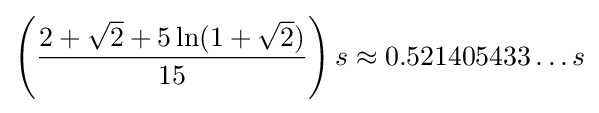
\left({\frac {2+{\sqrt {2}}+5\ln(1+{\sqrt {2}})}{15}}\right)s\approx 0.521405433\ldots s